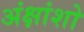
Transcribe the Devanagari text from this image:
अंक्षांशो